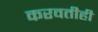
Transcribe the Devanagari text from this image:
करवतीही